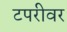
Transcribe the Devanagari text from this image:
टपरीवर